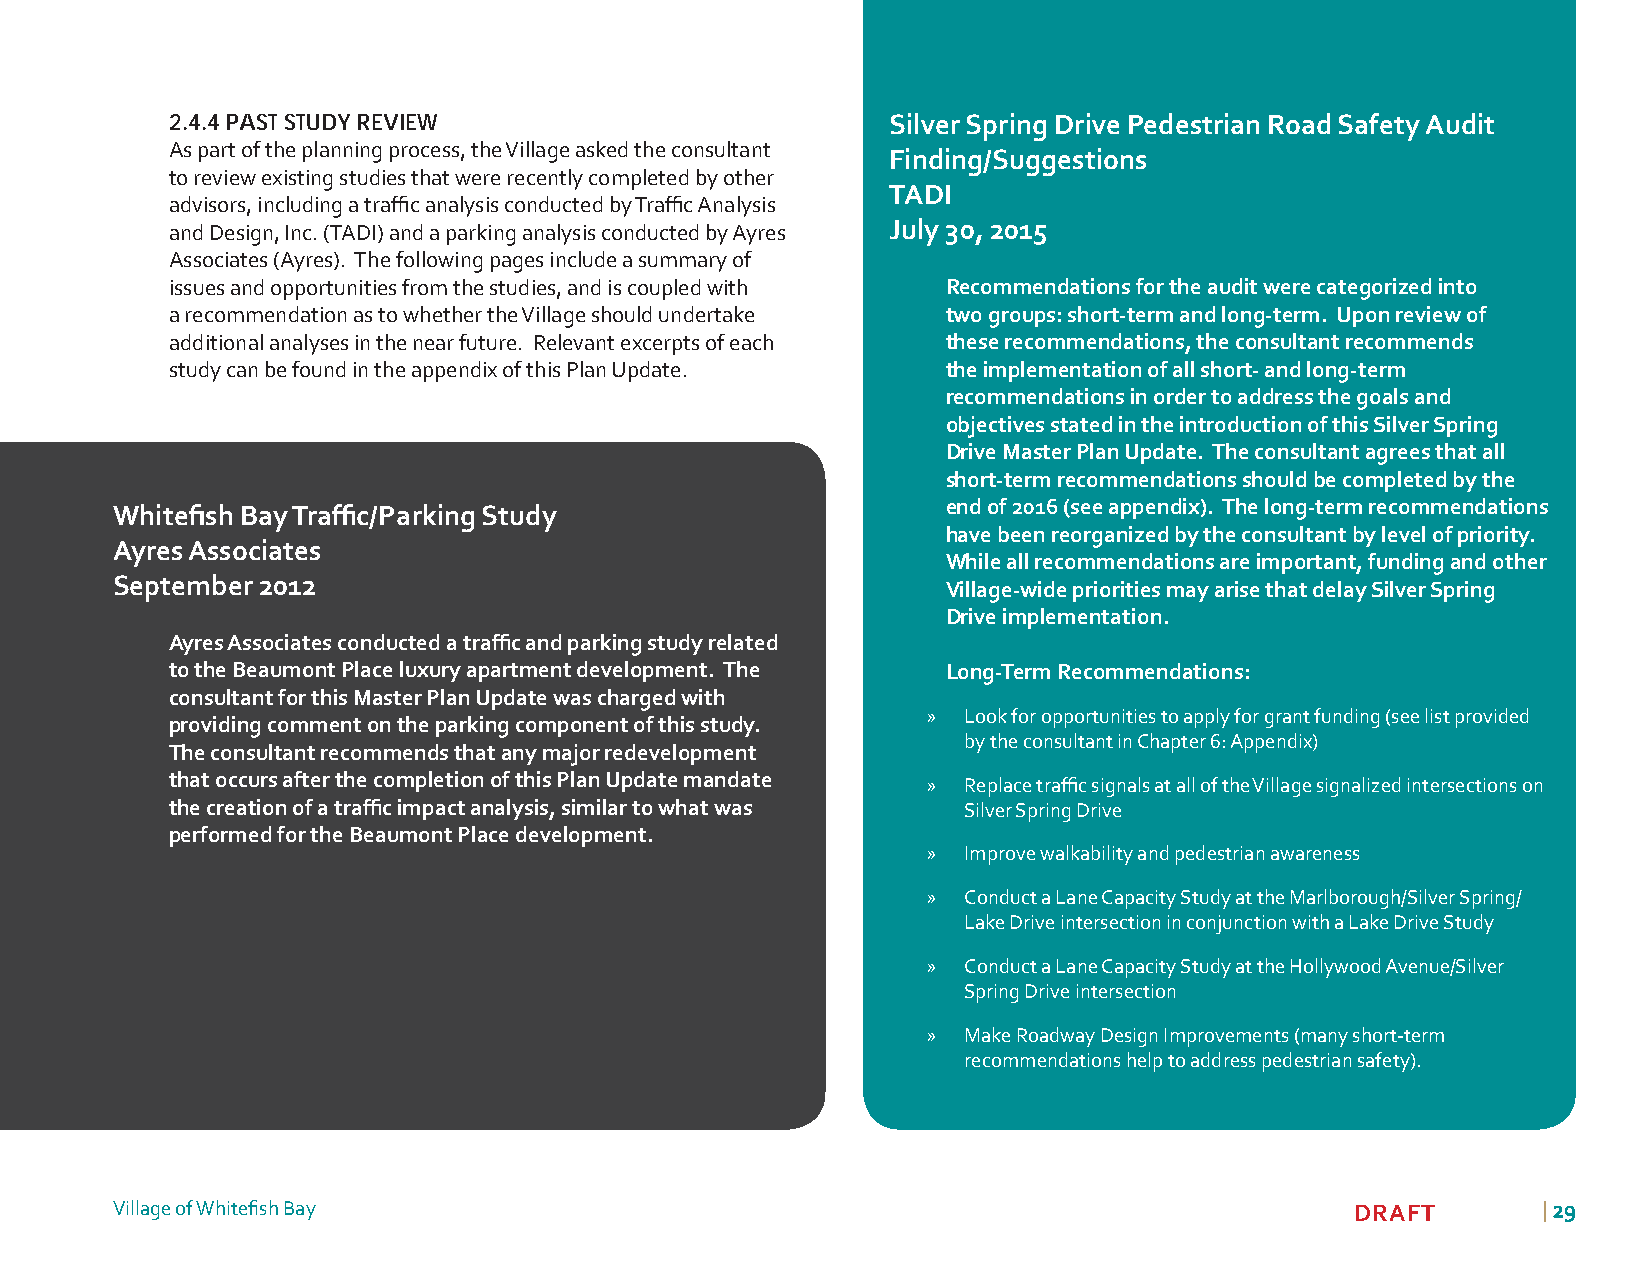
2.4.4 PAST STUDY REVIEW                         Silver Spring Drive Pedestrian Road Safety Audit
 As part of the planning process, the Village asked the consultant
 Finding/Suggestions
 to review existing studies that were recently completed by other
 TADI
 advisors, including a traffi c analysis conducted by Traffi c Analysis
 and Design, Inc. (TADI) and a parking analysis conducted by Ayres July 30, 2015
 Associates (Ayres). The following pages include a summary of
 issues and opportunities from the studies, and is coupled with Recommendations for the audit were categorized into
 a recommendation as to whether the Village should undertake two groups: short-term and long-term. Upon review of
 additional analyses in the near future. Relevant excerpts of each these recommendations, the consultant recommends
 study can be found in the appendix of this Plan Update. the implementation of all short- and long-term
 recommendations in order to address the goals and
 objectives stated in the introduction of this Silver Spring
 Drive Master Plan Update. The consultant agrees that all
 short-term recommendations should be completed by the
 Whitefi sh Bay Traffi c/Parking Study                   end of 2016 (see appendix). The long-term recommendations
 have been reorganized by the consultant by level of priority.
 Ayres Associates
 While all recommendations are important, funding and other
 September 2012
 Village-wide priorities may arise that delay Silver Spring
 Drive implementation.
 Ayres Associates conducted a traffi c and parking study related
 to the Beaumont Place luxury apartment development. The Long-Term Recommendations:
 consultant for this Master Plan Update was charged with
 »  Look for opportunities to apply for grant funding (see list provided
 providing comment on the parking component of this study.
 by the consultant in Chapter 6: Appendix)
 The consultant recommends that any major redevelopment
 that occurs after the completion of this Plan Update mandate » Replace traffi c signals at all of the Village signalized intersections on
 the creation of a traffi c impact analysis, similar to what was Silver Spring Drive
 performed for the Beaumont Place development.
 »  Improve walkability and pedestrian awareness
 »  Conduct a Lane Capacity Study at the Marlborough/Silver Spring/
 Lake Drive intersection in conjunction with a Lake Drive Study
 »  Conduct a Lane Capacity Study at the Hollywood Avenue/Silver
 Spring Drive intersection
 »  Make Roadway Design Improvements (many short-term
 recommendations help to address pedestrian safety).
 Village of Whitefi sh Bay                                                          DRAFT       | 2299